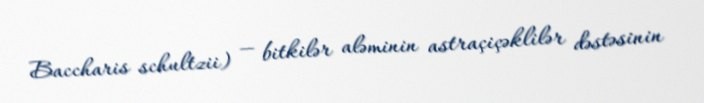
Baccharis schultzii) — bitkilər aləminin astraçiçəklilər dəstəsinin